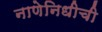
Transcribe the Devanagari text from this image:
नाणेनिधीची